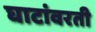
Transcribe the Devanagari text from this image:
घाटांवरती